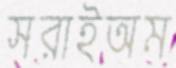
সরাইঅম